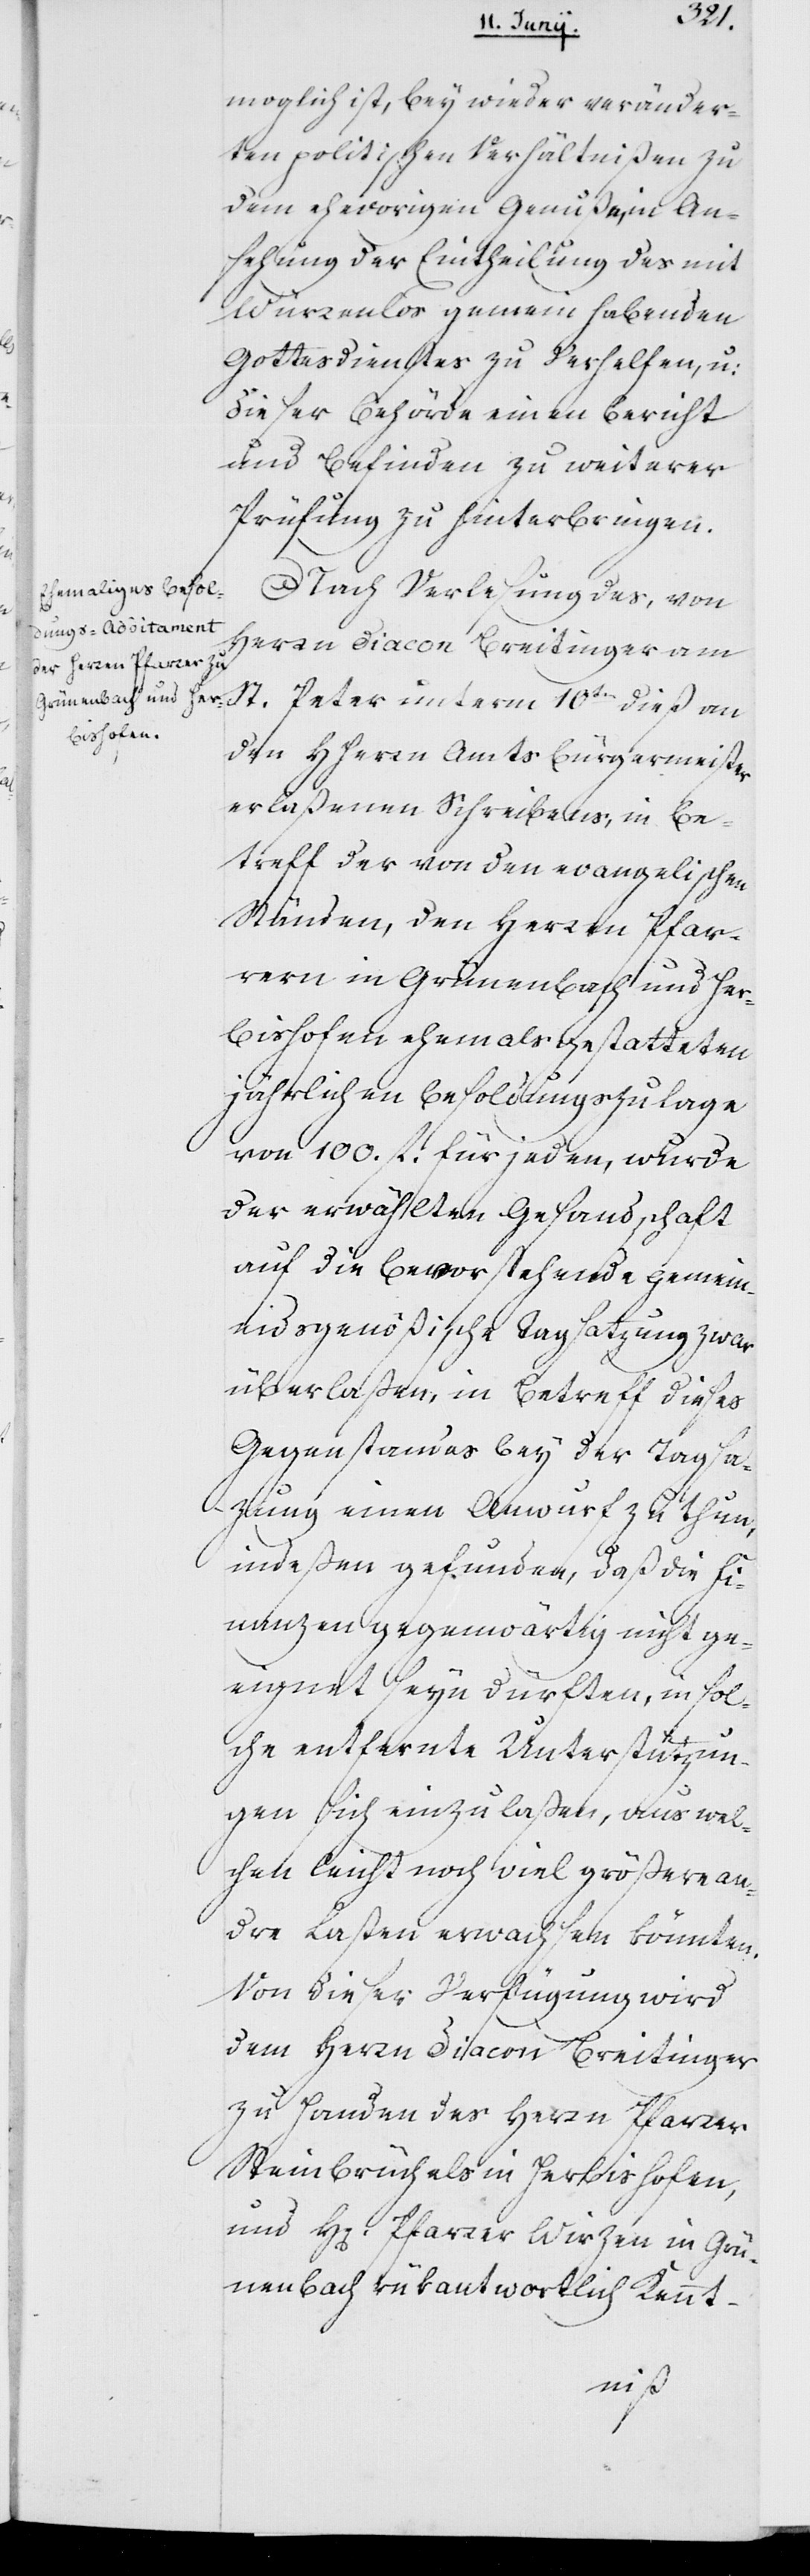
möglich ist, bey wieder veränder¬
ten politischen Verhältnißen zu
dem ehevorigen Genuße, in An¬
sehung der Eintheilung des mit
Würenlos gemein habenden
Gottesdienstes zu verhelfen und
dieser Behörde einen Bericht
und Befinden zu weiterer
Prüfung zu hinterbringen.
Nach Verlesung des, von
Herrn Diacon Breitinger am
St. Peter unterm 10ten dieß an
den HHerrn Amts Burgermeister
erlaßenen Schreibens, in Be¬
treff der von den evangelischen
Ständen, den Herren Pfar¬
rern in Grünenbach und Her¬
bishofen ehemals gestatteten
jährlichen Besoldungszulage
von 100. fl. für jeden, wurde
der erwählten Gesandtschaft
auf die bevorstehende gemein¬
eidsgenößische Tagsatzung zwar
überlaßen, in Betreff dieses
Gegenstandes bey der Tagsa¬
zung einen Anwurf zu thun,
indeßen gefunden, daß die Fi¬
nanzen gegenwärtig nicht ge¬
eignet seyn dürften, in sol¬
che entfernte Unterstützun¬
gen sich einzulaßen, aus wel¬
chen leicht noch viel größere an¬
dre Lasten erwachsen könnten.
Von dieser Verfügung wird
dem Herrn Diacon Breitinger
zu Handen der Herrn Pfarrer
Steinbrüch als in Herbishofen,
und Herrn Pfarrer Wirzen in Grü¬
nenbach rükantwortlich Kennt-